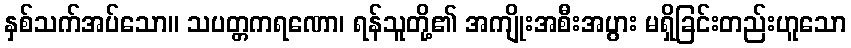
နှစ်သက်အပ်သော။ သပတ္တကရဏော၊ ရန်သူတို့၏ အကျိုးအစီးအပွား မရှိခြင်းတည်းဟူသော